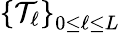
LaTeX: \left\{ \mathcal T_{\ell}\right\} _{0\leq\ell\leq L}